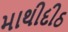
માથીદીઠ